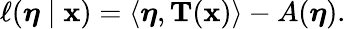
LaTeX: \ell({\boldsymbol{\eta}}\mid\mathbf{x})=\langle{\boldsymbol{\eta}},\mathbf{{T}}(\mathbf{x})\rangle-A({\boldsymbol{\eta}}).